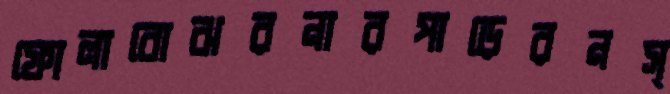
ফোলাবোঝরনারপাড়েরনস্